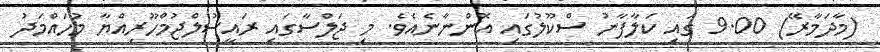
(މާދަމާރޭ) 9.00 ގައި ކަލާފާނު ސްކޫލުގައި އޮންނާނެއެވެ. މި ޖަލްސާގައި ރައީސުލްޖުމްހޫރިއްޔާ މުހައްމަދު